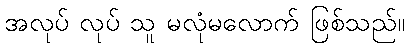
အလုပ် လုပ် သူ မလုံမလောက် ဖြစ်သည်။